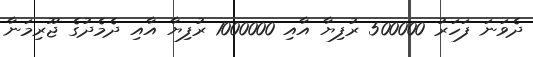
ދެވަނަ ފަހަރު 500000 ރުފިޔާ އާއި 1000000 ރުފިޔާ އާއި ދެމެދުގެ ޖޫރިމަނާ